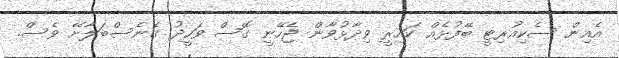
އެއިން ސެކިއުރިޓީ ބޭފުޅެއް ކައިރީ ވިދާޅުވާން ޖެހޭނީ ގޮސް ވަހީދު ގެނެސްބަލާށޭ ވެސް.